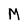
Character: M